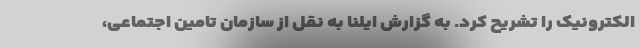
الکترونیک را تشریح کرد. به گزارش ایلنا به نقل از سازمان تامین اجتماعی،